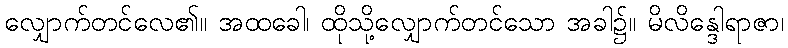
လျှောက်တင်လေ၏။ အထခေါ၊ ထိုသို့လျှောက်တင်သော အခါ၌။ မိလိန္ဒေါရာဇာ၊